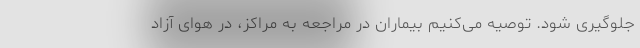
جلوگیری شود. توصیه می‌کنیم بیماران در مراجعه به مراکز، در هوای آزاد